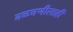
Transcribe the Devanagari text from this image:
वळचणीलाही